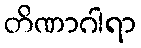
တိဏာဂါရာ